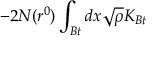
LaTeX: - 2 N ( r ^ { 0 } ) \int _ { B t } d x \sqrt { \rho } K _ { B t }